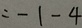
= - 1 - 4